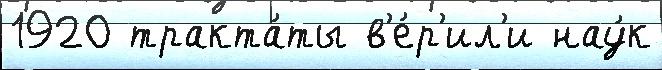
1920 тракта́ты в'е́р'ил'и нау́к